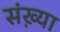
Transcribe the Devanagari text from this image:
संख़्या